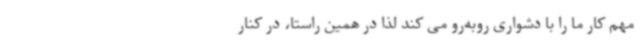
مهم کار ما را با دشواری روبه‌رو می کند لذا در همین راستا، در کنار